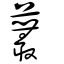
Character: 䕺